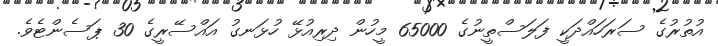
އުތުރުގެ ސަރަހައްދަކީ ފަލަސްތީނުގެ 65000 މީހުން ދިރިއުޅޭ ހުޅަނގު އައްސޭރީގެ 30 ޕަސެންޓެވެ.